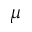
\mu